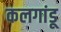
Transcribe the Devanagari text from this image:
कलगांडू